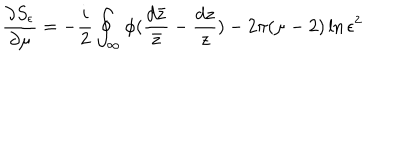
\frac { \partial S _ { \epsilon } } { \partial \mu } = - \frac { i } { 2 } \oint _ { \infty } \phi ( \frac { d \bar { z } } { \bar { z } } - \frac { d z } { z } ) - 2 \pi ( \mu - 2 ) \ln \epsilon ^ { 2 }